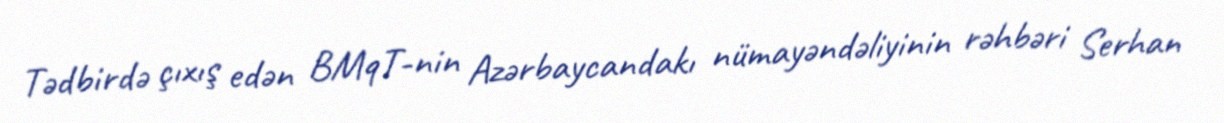
Tədbirdə çıxış edən BMqT-nin Azərbaycandakı nümayəndəliyinin rəhbəri Serhan